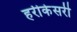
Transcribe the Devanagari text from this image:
हरीकेसरी